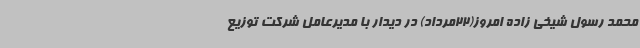
محمد رسول شیخی زاده امروز(22مرداد) در دیدار با مدیرعامل شرکت توزیع